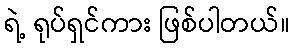
ရဲ့ ရုပ်ရှင်ကား ဖြစ်ပါတယ်။